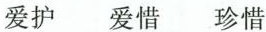
爱护 爱惜 珍惜